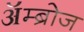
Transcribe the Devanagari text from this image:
ॲम्ब्रोज